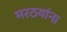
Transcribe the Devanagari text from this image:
मरठयांना